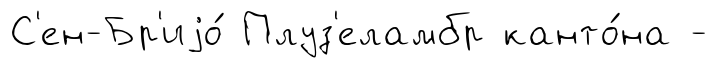
С'ен-Бр'иjо́ Плуз'еламбр канто́на -